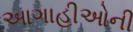
આગાહીઓની